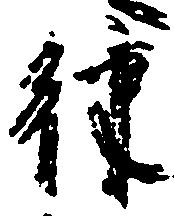
律